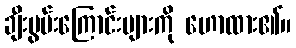
ချီးမွမ်းကြောင်းများကို ဟောထား၏။